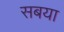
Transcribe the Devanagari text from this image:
सबया